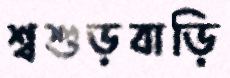
শ্বশুড়বাড়ি